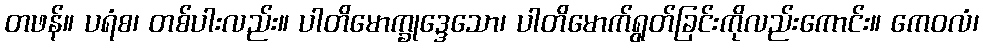
တဖန်။ ပရံစ၊ တစ်ပါးလည်း။ ပါတိမောက္ခုဒ္ဒေသော၊ ပါတိမောက်ရွတ်ခြင်းကိုလည်းကောင်း။ ကေဝလံ၊